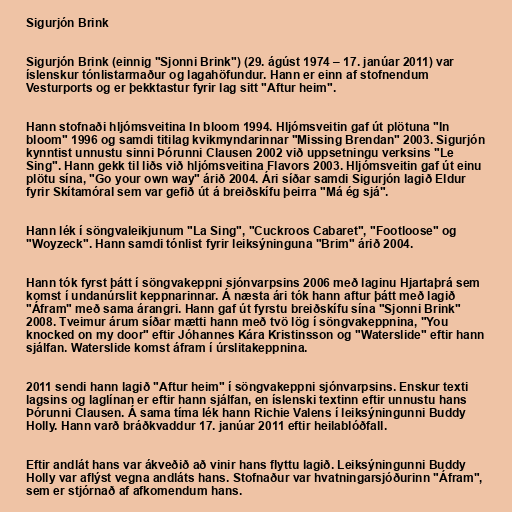
Sigurjón Brink

Sigurjón Brink (einnig "Sjonni Brink") (29. ágúst 1974 – 17. janúar 2011) var
íslenskur tónlistarmaður og lagahöfundur. Hann er einn af stofnendum
Vesturports og er þekktastur fyrir lag sitt "Aftur heim".

Hann stofnaði hljómsveitina In bloom 1994. Hljómsveitin gaf út plötuna "In
bloom" 1996 og samdi titilag kvikmyndarinnar "Missing Brendan" 2003. Sigurjón
kynntist unnustu sinni Þórunni Clausen 2002 við uppsetningu verksins "Le
Sing". Hann gekk til liðs við hljómsveitina Flavors 2003. Hljómsveitin gaf út einu
plötu sína, "Go your own way" árið 2004. Ári síðar samdi Sigurjón lagið Eldur
fyrir Skítamóral sem var gefið út á breiðskífu þeirra "Má ég sjá".

Hann lék í söngvaleikjunum "La Sing", "Cuckroos Cabaret", "Footloose" og
"Woyzeck". Hann samdi tónlist fyrir leiksýninguna "Brim" árið 2004.

Hann tók fyrst þátt í söngvakeppni sjónvarpsins 2006 með laginu Hjartaþrá sem
komst í undanúrslit keppnarinnar. Á næsta ári tók hann aftur þátt með lagið
"Áfram" með sama árangri. Hann gaf út fyrstu breiðskífu sína "Sjonni Brink"
2008. Tveimur árum síðar mætti hann með tvö lög í söngvakeppnina, "You
knocked on my door" eftir Jóhannes Kára Kristinsson og "Waterslide" eftir hann
sjálfan. Waterslide komst áfram í úrslitakeppnina.

2011 sendi hann lagið "Aftur heim" í söngvakeppni sjónvarpsins. Enskur texti
lagsins og laglínan er eftir hann sjálfan, en íslenski textinn eftir unnustu hans
Þórunni Clausen. Á sama tíma lék hann Richie Valens í leiksýningunni Buddy
Holly. Hann varð bráðkvaddur 17. janúar 2011 eftir heilablóðfall.

Eftir andlát hans var ákveðið að vinir hans flyttu lagið. Leiksýningunni Buddy
Holly var aflýst vegna andláts hans. Stofnaður var hvatningarsjóðurinn "Áfram",
sem er stjórnað af afkomendum hans.